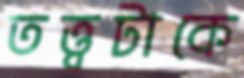
তত্ত্বটাকে